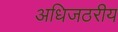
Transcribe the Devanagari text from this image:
अधिजठरीय